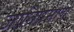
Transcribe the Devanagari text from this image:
जातिप्रमाणे